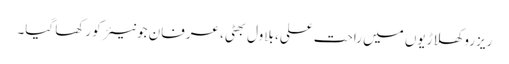
ریزرو کھلاڑیوں میں راحت علی، بلاول بھٹی، عرفان جونیئر کو رکھا گیا۔